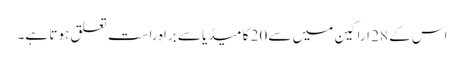
اس کے 28 اراکین میں سے 20 کا میڈیا سے براہ راست تعلق ہوتا ہے۔